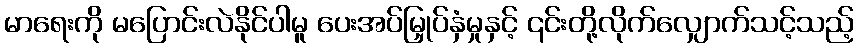
မာရေးကို မပြောင်းလဲနိုင်ပါမူ ပေးအပ်မြှုပ်နှံမှုနှင့် ၎င်းတို့လိုက်လျှောက်သင့်သည့်